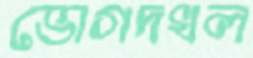
ভোগদখল